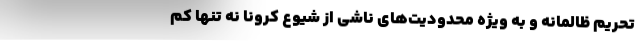
تحریم ظالمانه و به ویژه محدودیت‌های ناشی از شیوع کرونا نه تنها کم